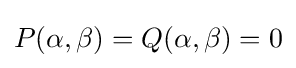
P(\alpha ,\beta )=Q(\alpha ,\beta )=0